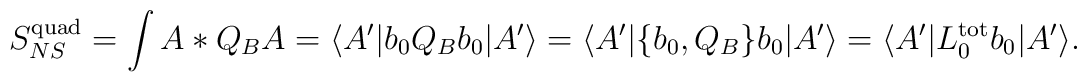
S_{NS}^{\mathrm{quad}}=\int A*Q_BA=\langle A^{\prime}|b_0Q_Bb_0|A^{\prime}\rangle=\langle A^{\prime}|\{b_0,Q_B\}b_0|A^{\prime}\rangle=\langle A^{\prime}|L_0^{\mathrm{tot}}b_0|A^{\prime}\rangle .